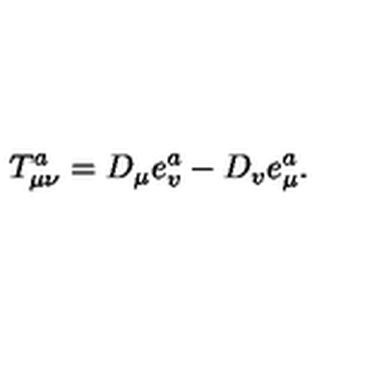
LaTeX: T _ { \mu \nu } ^ { a } = D _ { \mu } e _ { v } ^ { a } - D _ { v } e _ { \mu } ^ { a } .